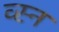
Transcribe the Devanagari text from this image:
व्स्न